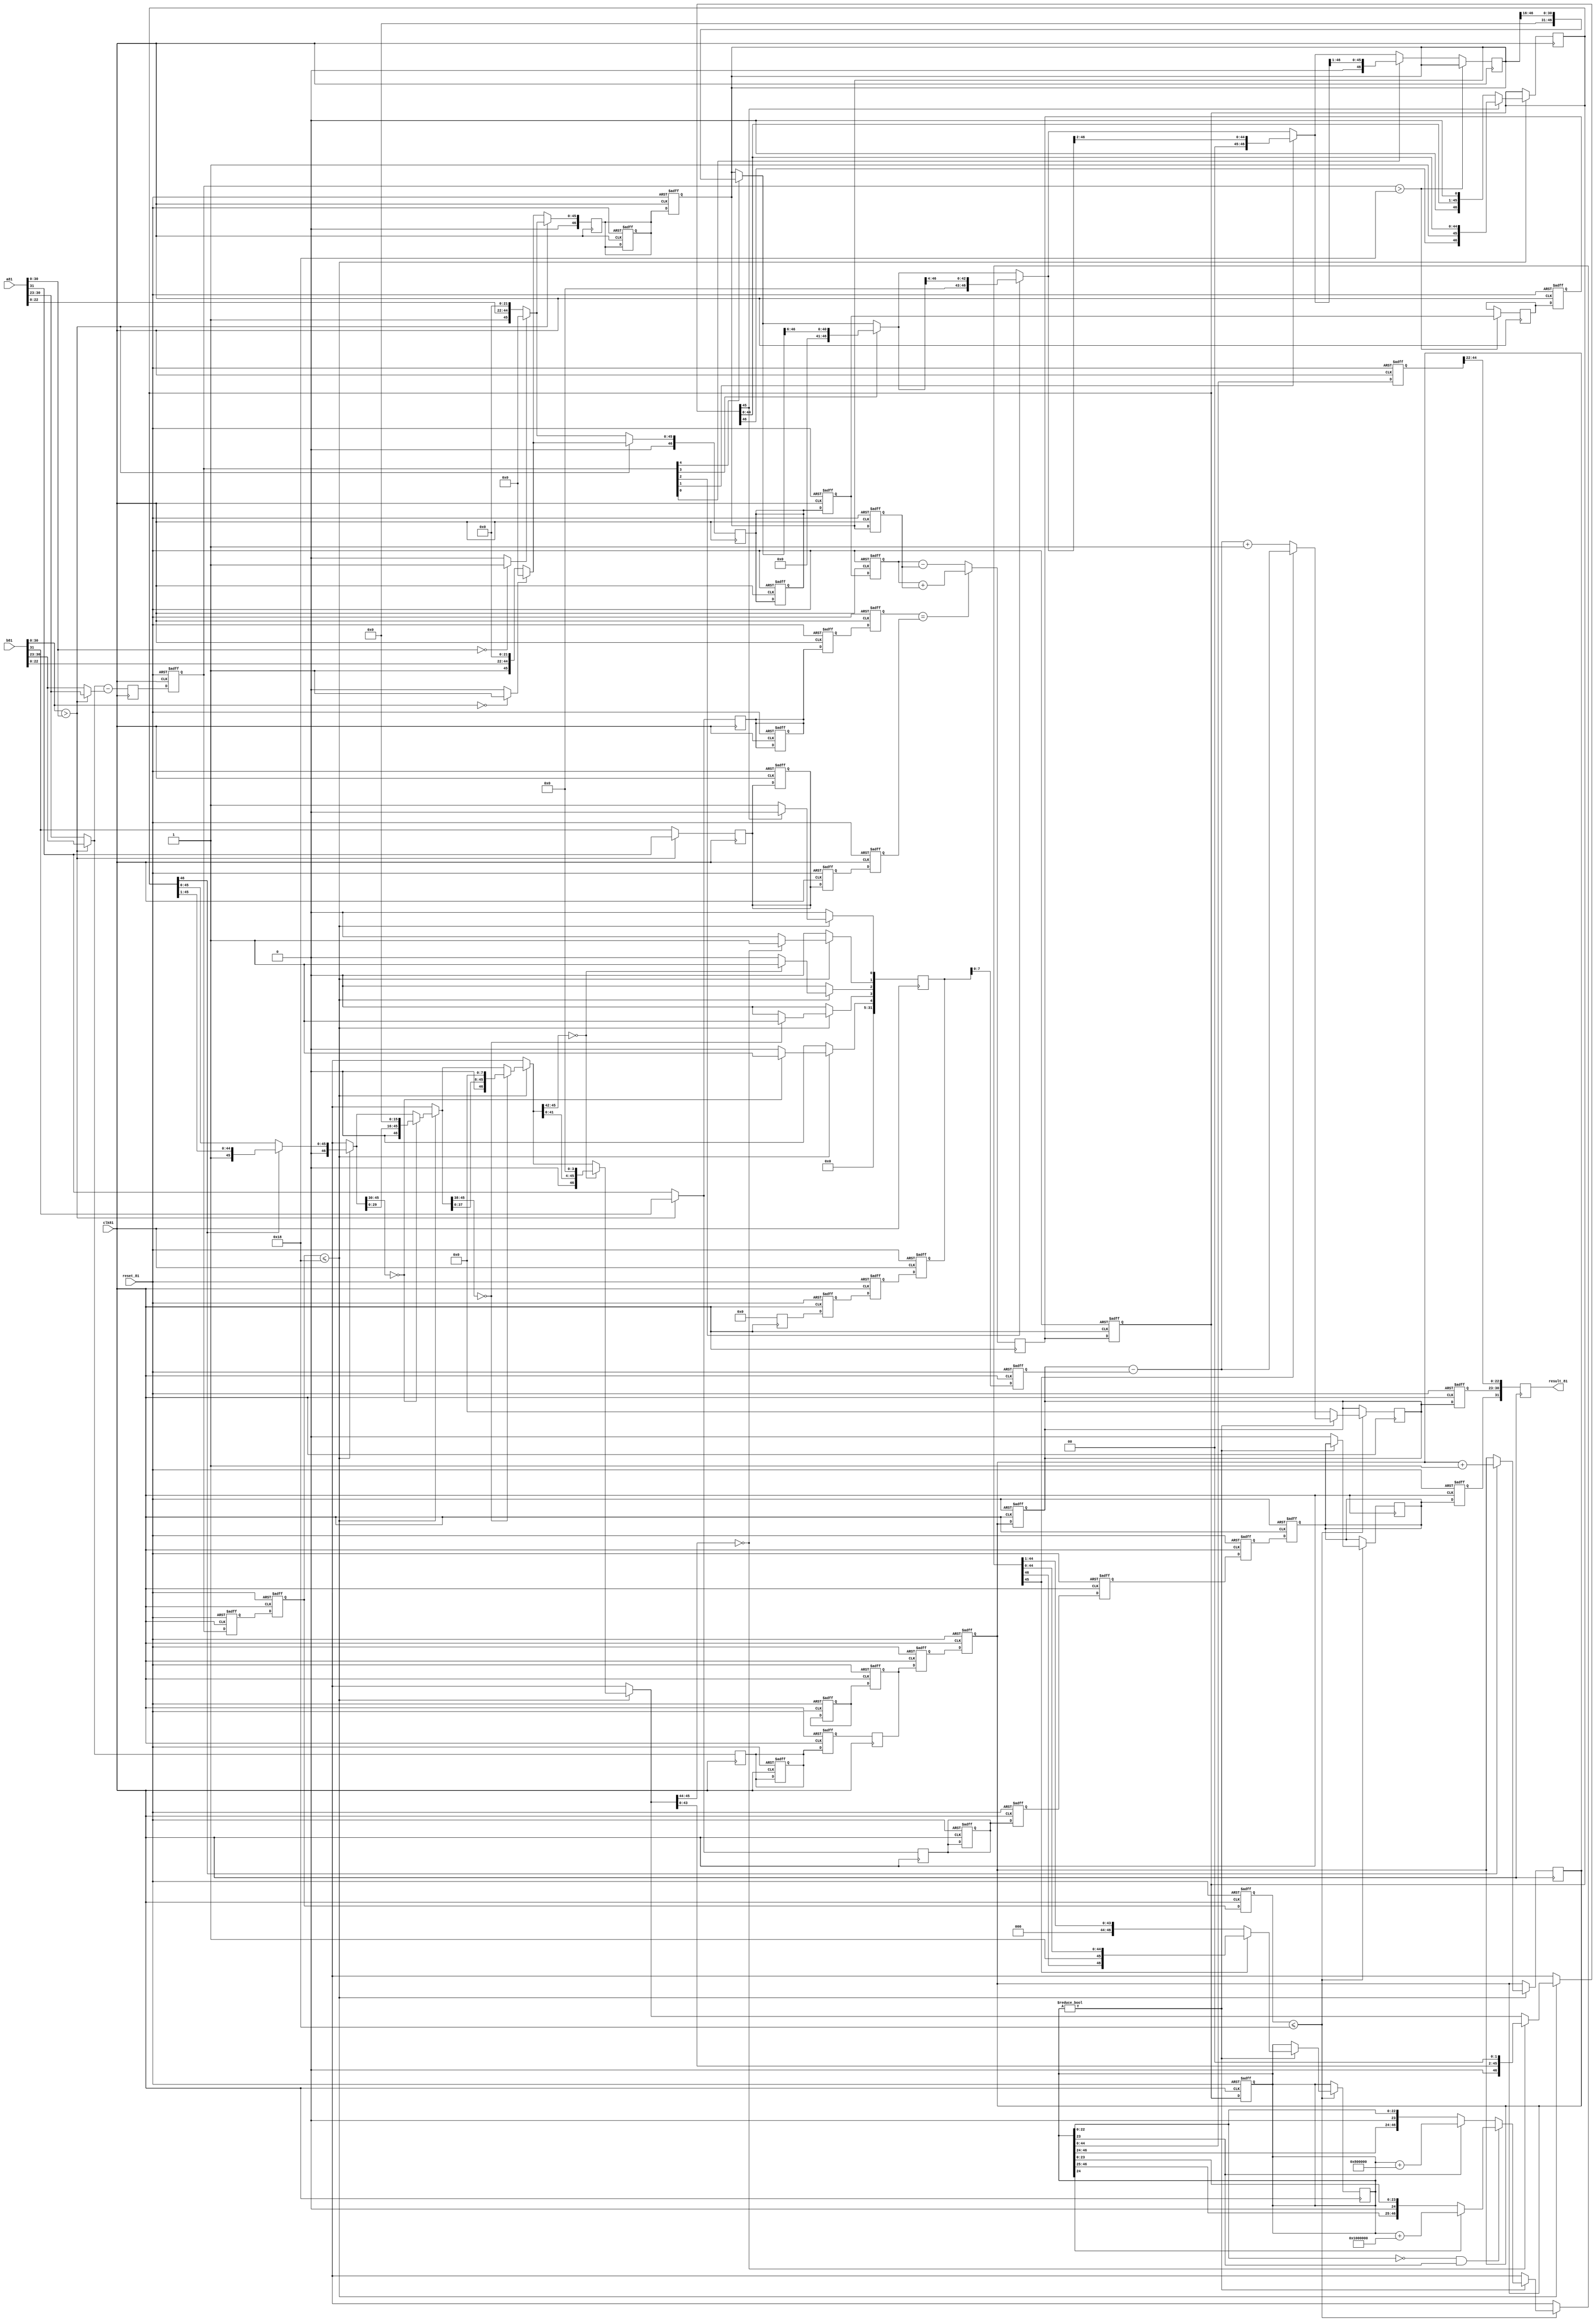
/*FLOATING POINT IEEE 32 BIT FORMAT
Sign    Exponent    Mentisa
 1          8           23      (bits)

ADDER MODULE NAME: float_add_81
MODULE PINS: 81
            INPUT: a81(32 bit),b81(32 bit), clk81, reset_81
            OUTPUT: result_81(32 bit)

*/


module float_add_81 (result_81, a81, b81, clk81, reset_81);
    
    input [31:0]  a81, b81;
    input clk81, reset_81;
    output [31:0] result_81;
    wire [31:0] result_81;
    parameter reg_81=46;
    // Name of all registes and wires are given according to stages for easy understanding.
    
    reg [7:0] exp_a81,exp_b81, exp_diff_81, result_exp_81,exp_a2_81,exp_b2_81, exp_diff2_81,exp_diff3_81,exp_diff4_81,exp_diff5_81,result_exp2_81,result_exp3_81,result_exp4_81,result_exp5_81,result_exp6_81;
    
    reg sign_a81, sign_b81, sign_a2_81, sign_b2_81, sign_a3_81, sign_b3_81;
    
    reg [22:0] men_a81, men_b81;
    
    reg [reg_81:0] fract_a81,fract_b81, fract_result_81,fract_a2_81,fract_a3_81,fract_b2_81,fract_b3_81, fract_result2_81, fract_result3_81, fract_result4_81,fract_result5_81,fract_result6_81; 
    
    reg zeroa81,zerob81;
    
    reg result_sign_81, result_sign2_81, result_sign3_81, result_sign4_81, result_sign5_81, result_sign6_81;
    reg [31:0] final_result_81;
    integer renorm_81,renorm2_81,renorm3_81,renorm4_81,renorm5_81;
    parameter [reg_81:0] zero_81=0;


    assign result_81 = final_result_81;
    
    always @ (posedge clk81) begin
    ////////////////////   STAGE 1   //////////////////
        zeroa81 = (a81[30:0]==0)?1:0;
        zerob81 = (b81[30:0]==0)?1:0;
        renorm_81=0;
        if (b81[30:0] > a81 [30:0]) begin         // Smaller number always goes in the B part for both cases that makes the execution easy
            
            exp_a81 = b81[30:23];                 // Exponent
            exp_b81 = a81[30:23];
            sign_a81 = b81 [31];                  //Sign
            sign_b81 = a81[31];
            men_a81 = b81 [22:0];                 // Mentisa
            men_b81 = a81 [22:0];
            fract_a81 = (zerob81)?0:{ 2'b1, b81[22:0],zero_81[reg_81:25]};
            fract_b81 = (zeroa81)?0:{ 2'b1, a81[22:0],zero_81[reg_81:25]};
            
        end
        else begin
            
            exp_a81 = a81[30:23];                 // Exponent
            exp_b81 = b81[30:23];
            sign_a81 = a81 [31];                  //Sign
            sign_b81 = b81[31];
            men_a81 = a81 [22:0];                 // Mantissa
            men_b81 = b81 [22:0];
            fract_a81 = (zeroa81)?0:{ 2'b1, a81[22:0],zero_81[reg_81:25]};
            fract_b81 = (zerob81)?0:{ 2'b1, b81[22:0],zero_81[reg_81:25]};
            
        end
        result_sign_81 = sign_a81;
        exp_diff_81 = exp_a81 - exp_b81;          // Difference of Exponent
        
        
        ///////////////////  STAGE 2    ///////////////////
        // Take the data from the stage 1 and the shift the mantissa by the differnce of the Exponent
        
        if(exp_diff2_81 > 24) begin
            result_exp2_81 = exp_a2_81;
            fract_result2_81 = fract_a2_81;
        end
        
        else begin
            result_exp2_81 = exp_a2_81;
            //normalize_b81=0;
            //fract_b2_81 = fract_b2_81 >> (exp_diff2_81-1);
             fract_b2_81 = (exp_diff2_81 [4]) ? {16'b0,fract_b2_81[reg_81:16]} : {fract_b2_81};
             fract_b2_81 = (exp_diff2_81 [3]) ? {8'b0,fract_b2_81[reg_81:6]} : {fract_b2_81};
             fract_b2_81 = (exp_diff2_81 [2]) ? {4'b0,fract_b2_81[reg_81:4]} : {fract_b2_81};
             fract_b2_81 = (exp_diff2_81 [1]) ? {2'b0,fract_b2_81[reg_81:2]} : {fract_b2_81};
             fract_b2_81 = (exp_diff2_81 [0]) ? {1'b0,fract_b2_81[reg_81:1]} : {fract_b2_81};
            
        end
         ///////////////////  STAGE 3    ///////////////////
        // Take the data from the stage 2 and add or subtract the mantissa in this stage
        
   
        
        if (sign_a3_81 == sign_b3_81)begin
            fract_result3_81 = fract_a3_81 + fract_b3_81;
        end
        
        else begin
            fract_result3_81 = fract_a3_81 - fract_b3_81;
        end
        
        ///////////////////  STAGE 4    ///////////////////
        // Normalize the added mentisa (first time)
       
        
        
        renorm4_81=0;
        
        if (exp_diff4_81 <= 24) begin
        
      
            if(fract_result4_81[reg_81]) 
            begin
                fract_result4_81={1'b0,fract_result4_81[reg_81:1]};
                result_exp4_81=result_exp4_81+1;
            end
            
            if(fract_result4_81[reg_81-1:reg_81-16]==0) begin 
                renorm4_81[4]=1; 
                fract_result4_81={ 1'b0,fract_result4_81[reg_81-17:0],16'b0 }; 
            end
            if(fract_result4_81[reg_81-1:reg_81-8]==0) begin 
                renorm4_81[3]=1; 
                fract_result4_81={ 1'b0,fract_result4_81[reg_81-9:0], 8'b0 }; 
            end
            if(fract_result4_81[reg_81-1:reg_81-4]==0) begin 
                renorm4_81[2]=1; 
                fract_result4_81={ 1'b0,fract_result4_81[reg_81-5:0], 4'b0 }; 
            end
            if(fract_result4_81[reg_81-1:reg_81-2]==0) begin 
                renorm4_81[1]=1; 
                fract_result4_81={ 1'b0,fract_result4_81[reg_81-3:0], 2'b0 }; 
            end
            if(fract_result4_81[reg_81-1   ]==0) begin 
                renorm4_81[0]=1; 
                fract_result4_81={ 1'b0,fract_result4_81[reg_81-2:0], 1'b0 }; 
            end
            
        end
        //////////////////// STAGE 5  ///////////////////////////
        // Normalize the added mentisa and exponent (second time)
         if (exp_diff5_81 <=24)
         begin
         
             if(fract_result5_81 != 0) begin
                     if(fract_result5_81[reg_81-24:0]==0 && fract_result5_81[reg_81-23]==1) begin
                         
                         if(fract_result5_81[reg_81-22]==1) begin
                             fract_result5_81 = fract_result5_81+{1'b1,zero_81[reg_81-23:0]};
                         end
                         
                     end else begin
                         if(fract_result5_81[reg_81-23]==1) begin
                                     fract_result5_81=fract_result5_81+{1'b1,zero_81[reg_81-24:0]};
                         end
                     end
                                 
                     result_exp5_81=result_exp5_81-renorm5_81;
             
                         if(fract_result5_81[reg_81-1]==0) begin
                             result_exp5_81=result_exp5_81+1;
                             fract_result5_81={1'b0,fract_result5_81[reg_81-1:1]};
                         end
                         end else begin
                             result_exp5_81=0;
                             result_sign5_81=0;
                         end
                end
        
        //Final Output
        final_result_81 ={result_sign6_81,result_exp6_81,fract_result6_81[reg_81-2:reg_81-24]};
    
        
    end
    
    // for reset and pipeline another always block is used
    
    always @ (posedge clk81 or posedge reset_81)   begin
        
        if (reset_81) begin
            exp_diff2_81 <= 0;
        fract_a2_81 <= 0;
        exp_a2_81 <= 0;
        exp_b2_81 <= 0;
        fract_b2_81 <= 0;
        sign_a2_81 <=0;
        sign_b2_81 <= 0;
        
        sign_a3_81 <= 0;
        sign_b3_81 <=0;
        fract_result3_81 <= 0;
        fract_a3_81 <= 0;
        fract_b3_81 <= 0;
        fract_result_81 <= 0;
        
        
        fract_result4_81 <= 0;
        fract_result5_81 <= 0;
        fract_result6_81 <= 0;
        result_sign_81 <= 0;
        result_sign2_81 <= 0;
        result_sign3_81 <= 0;
        result_sign4_81 <= 0;
        result_sign5_81 <= 0;
        result_sign6_81 <= 0;
        result_exp_81 <= 0;
        result_exp2_81 <= 0;
        result_exp3_81 <= 0;
        result_exp4_81 <= 0;
        result_exp5_81 <= 0;
        result_exp6_81 <= 0;
        
        renorm2_81  <= 0;
        renorm3_81  <= 0;
        renorm4_81  <= 0;
        renorm5_81  <= 0;    
        
        exp_diff3_81<= 0;
        exp_diff4_81<= 0;
        exp_diff5_81<= 0;
        
        exp_a81 = 0;                
            exp_b81 = 0;
            sign_a81 = 0;                  
            sign_b81 = 0;
            men_a81 = 0;                 
            men_b81 = 0;
            fract_a81 = 0;
            fract_b81 = 0;
        
        
        end
        
        
        else begin
        exp_diff2_81 <= #1 exp_diff_81;
        fract_a2_81 <= #1 fract_a81;
        exp_a2_81 <= #1 exp_a81;
        exp_b2_81 <= #1 exp_b81;
        fract_b2_81 <= #1 fract_b81;
        sign_a2_81 <= #1 sign_a81;
        sign_b2_81 <= #1 sign_b81;
        
        sign_a3_81 <= #1 sign_a2_81;
        sign_b3_81 <= #1 sign_b2_81;
        fract_result3_81 <= #1 fract_result2_81;
        fract_a3_81 <= #1 fract_a2_81;
        fract_b3_81 <= #1 fract_b2_81;
        
        
        fract_result4_81 <= #1 fract_result3_81;
        fract_result5_81 <= #1 fract_result4_81;
        fract_result6_81 <= #1 fract_result5_81;
        
        result_sign2_81 <= #1 result_sign_81;
        result_sign3_81 <= #1 result_sign2_81;
        result_sign4_81 <= #1 result_sign3_81;
        result_sign5_81 <= #1 result_sign4_81;
        result_sign6_81 <= #1 result_sign5_81;
        
        result_exp2_81 <= #1 result_exp_81;
        result_exp3_81 <= #1 result_exp2_81;
        result_exp4_81 <= #1 result_exp3_81;
        result_exp5_81 <= #1 result_exp4_81;
        result_exp6_81 <= #1 result_exp5_81;
        
        renorm2_81  <= #1 renorm_81;
        renorm3_81  <= #1 renorm2_81;
        renorm4_81  <= #1 renorm3_81;
        renorm5_81  <= #1 renorm4_81;    
        
        exp_diff3_81<= #1 exp_diff2_81;
        exp_diff4_81<= #1 exp_diff3_81;
        exp_diff5_81<= #1 exp_diff4_81;
        
        end
    end



endmodule